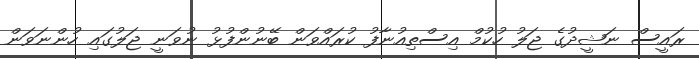
ރައީސް ނަޝީދުގެ ޖަލު ހުކުމް އިސްތިއުނާފު ކުރައްވަން ބޭނުންފުޅު ނުވަނީ ޖަލުގައި ހުންނަވަން